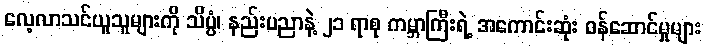
လေ့လာသင်ယူသူများကို သိပ္ပံ၊ နည်းပညာနဲ့ ၂၁ ရာစု ကမ္ဘာကြီးရဲ့ အကောင်းဆုံး ဝန်ဆောင်မှုများ